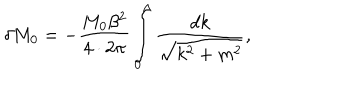
\delta M _ { 0 } = - \frac { M _ { 0 } \beta ^ { 2 } } { 4 \cdot 2 \pi } \int _ { 0 } ^ { \Lambda } \frac { d k } { \sqrt { k ^ { 2 } + m ^ { 2 } } } ,